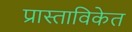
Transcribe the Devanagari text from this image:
प्रास्ताविकेत